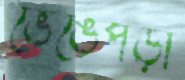
ভেঙেপড়া